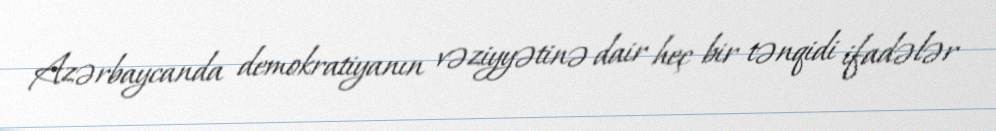
Azərbaycanda demokratiyanın vəziyyətinə dair heç bir tənqidi ifadələr